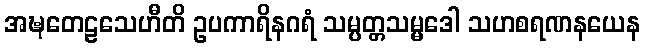
အဍ္ဎတေဠသေဟီတိ ဥပကာရိနဂရံ သမ္ပတ္တသမ္မဒေါ သဟစရဏနယေန